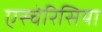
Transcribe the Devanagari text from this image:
एस्चेरिसिया